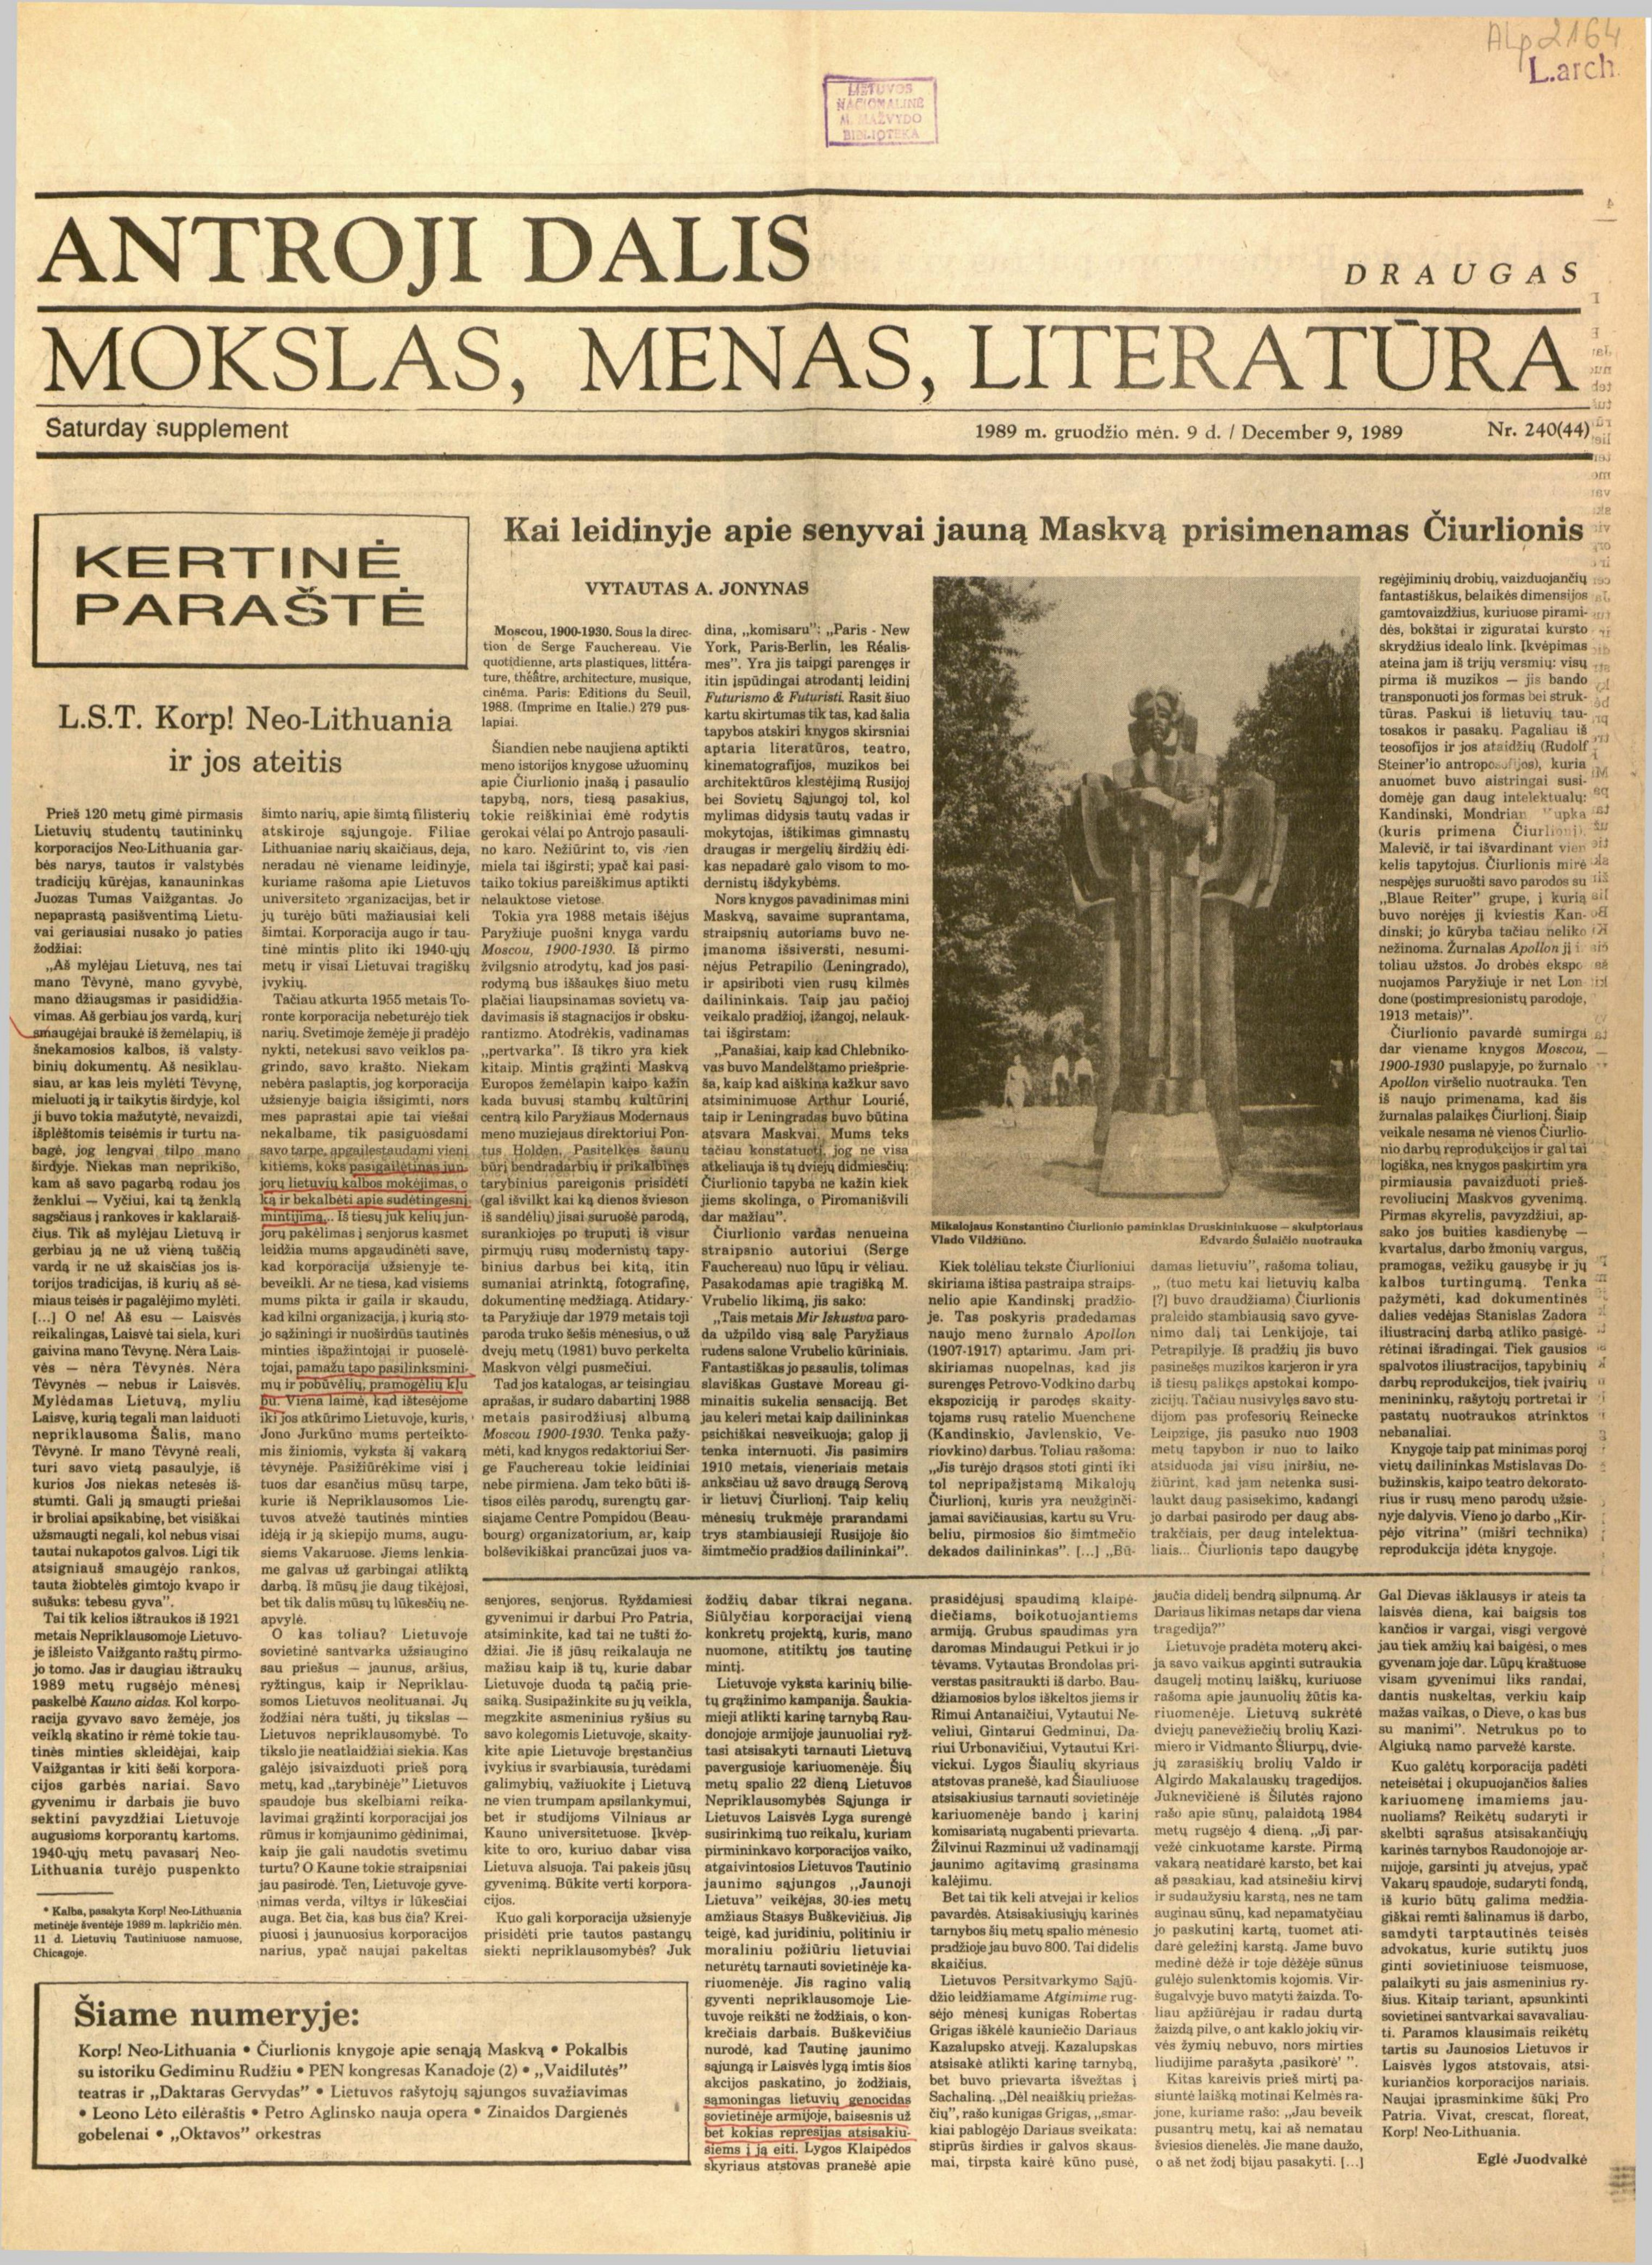
Language: lt